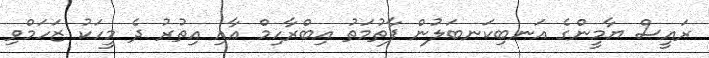
ރައީސް ޔާމީންގެ އަނބިކަނބަލުން ފާތުމަތު އިބްރާހިމް އާއި އިތުރު ދެ މީހަކު ޒަހަމްވި